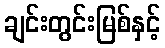
ချင်းတွင်းမြစ်နှင့်